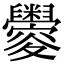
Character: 𦦼